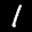
Label: 1